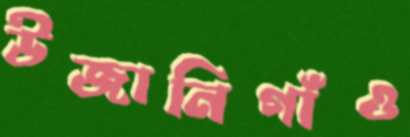
উজানিগাঁও